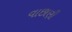
વાછાણી